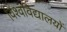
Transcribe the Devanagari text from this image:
विश्‍वविद्यालयों